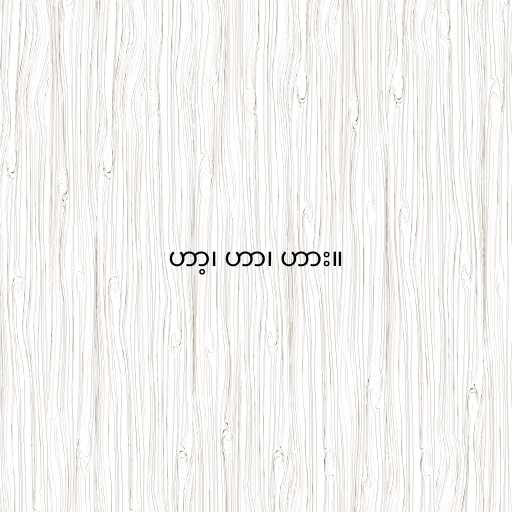
ဟာ့၊ ဟာ၊ ဟား။